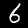
Digit: 6